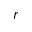
r